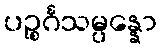
ပဉ္စင်္ဂသမ္ပန္နော